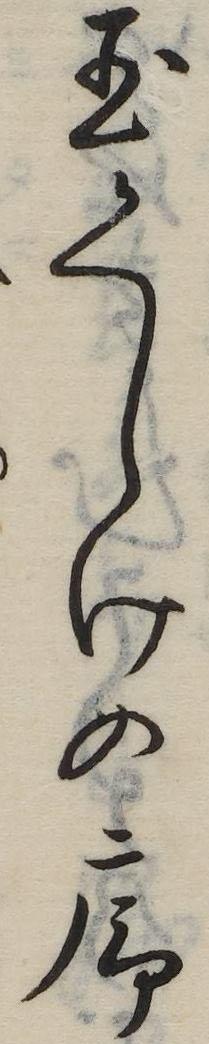
玉くしけの序